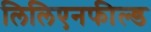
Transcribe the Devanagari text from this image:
लिलिएनफील्ड